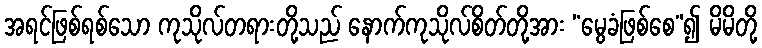
အရင်ဖြစ်ရစ်သော ကုသိုလ်တရားတို့သည် နောက်ကုသိုလ်စိတ်တို့အား “မွေခံဖြစ်စေ”၍ မိမိတို့